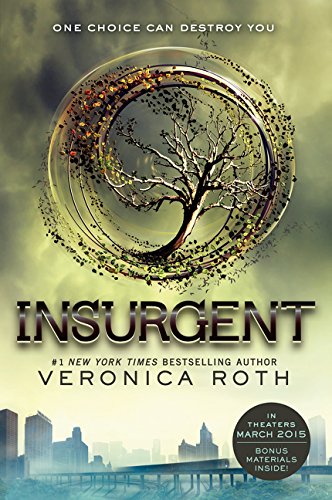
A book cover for Insurgent (Divergent Series); Veronica Roth; Teen & Young Adult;